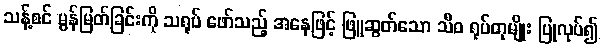
သန့်စင် မွန်မြတ်ခြင်းကို သရုပ် ဖော်သည့် အနေဖြင့် ဖြူဆွတ်သော သီဝ ရုပ်တုမျိုး ပြုလုပ်၍